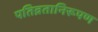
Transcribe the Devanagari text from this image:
पतिव्रतानिरूपण